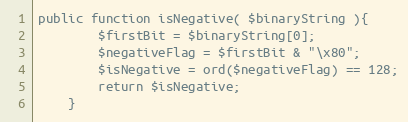
Language: PHP
public function isNegative( $binaryString ){
        $firstBit = $binaryString[0];
        $negativeFlag = $firstBit & "\x80";
        $isNegative = ord($negativeFlag) == 128;
        return $isNegative;
    }